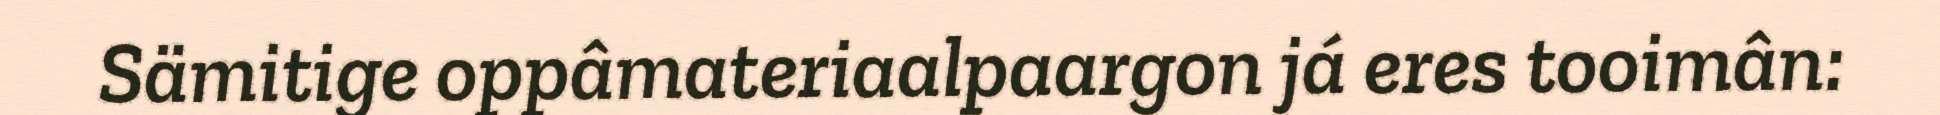
Sämitige oppâmateriaalpaargon já eres tooimân: